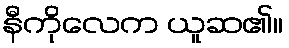
နီကိုလေက ယူဆ၏။